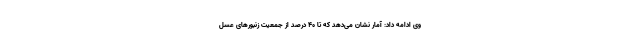
وی ادامه داد: آمار نشان می‌دهد که تا 40 درصد از جمعیت زنبورهای عسل